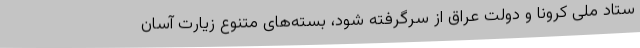
ستاد ملی کرونا و دولت عراق از سرگرفته شود، بسته‌های متنوعِ زیارت آسان